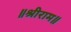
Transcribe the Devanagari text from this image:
॥श्रीराम॥